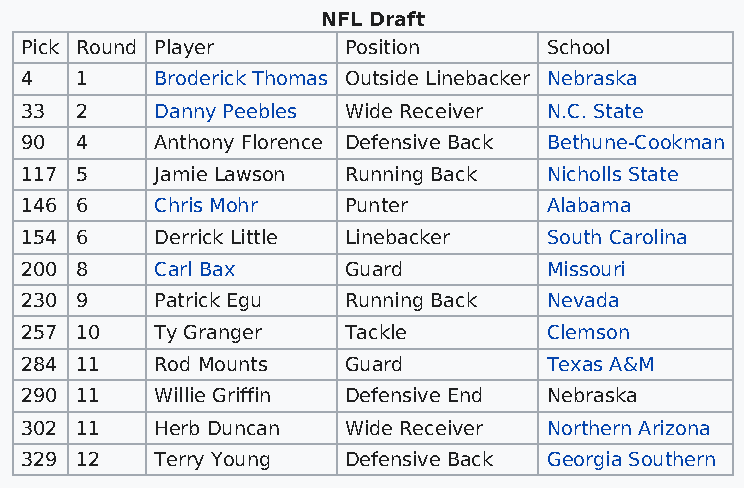
NFL Draft
 Pick Round Player     Position     School
 4   1    Broderick Thomas Outside Linebacker Nebraska
 33  2    Danny Peebles Wide Receiver N.C. State
 90  4    Anthony Florence Defensive Back Bethune-Cookman
 117 5    Jamie Lawson Running Back Nicholls State
 146 6    Chris Mohr   Punter       Alabama
 154 6    Derrick Little Linebacker South Carolina
 200 8    Carl Bax     Guard        Missouri
 230 9    Patrick Egu  Running Back Nevada
 257 10   Ty Granger   Tackle       Clemson
 284 11   Rod Mounts   Guard        Texas A&M
 290 11   Willie Griffin Defensive End Nebraska
 302 11   Herb Duncan  Wide Receiver Northern Arizona
 329 12   Terry Young  Defensive Back Georgia Southern